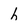
Character: h